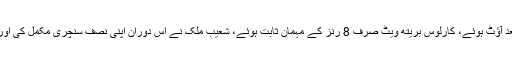
گریگوری بھی 25 رنزبنانے کے بعد آؤٹ ہوئے، کارلوس بریتھ ویٹ صرف 8 رنز کے مہمان ثابت ہوئے، شعیب ملک نے اس دوران اپنی نصف سنچری مکمل کی اور 68 رنز بنانے کے بعد آؤٹ ہوئے۔